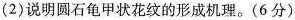
(2)说明圆石龟甲状花纹的形成机理。(6分)